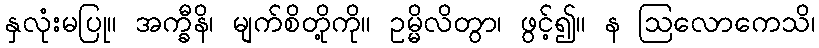
နှလုံးမပြု။ အက္ခီနိ၊ မျက်စိတို့ကို။ ဥမ္မိလိတွာ၊ ဖွင့်၍။ န ဩလောကေသိ၊